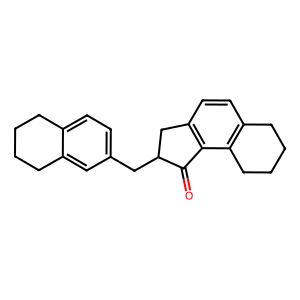
SMILES: O=C1c2c(ccc3c2CCCC3)CC1Cc1ccc2c(c1)CCCC2
Inhibits HIV replication: No